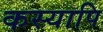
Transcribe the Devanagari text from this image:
कस्यापि